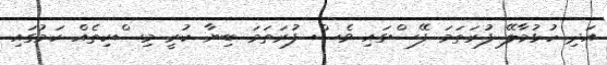
އަދި ހުޅުމާލޭ ފުރަތަމަ ފޭސްގައި ވެސް ފުރަތަމަ ބިނާ ކުރީ މިސްކިތެއް ކަމުގައި